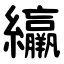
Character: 䌴